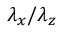
{ \lambda } _ { x } / { \lambda } _ { z }